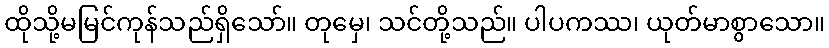
ထိုသို့မမြင်ကုန်သည်ရှိသော်။ တုမှေ၊ သင်တို့သည်။ ပါပကဿ၊ ယုတ်မာစွာသော။